Manual of the Civil Veterinary Department, Central Provinces and Berar
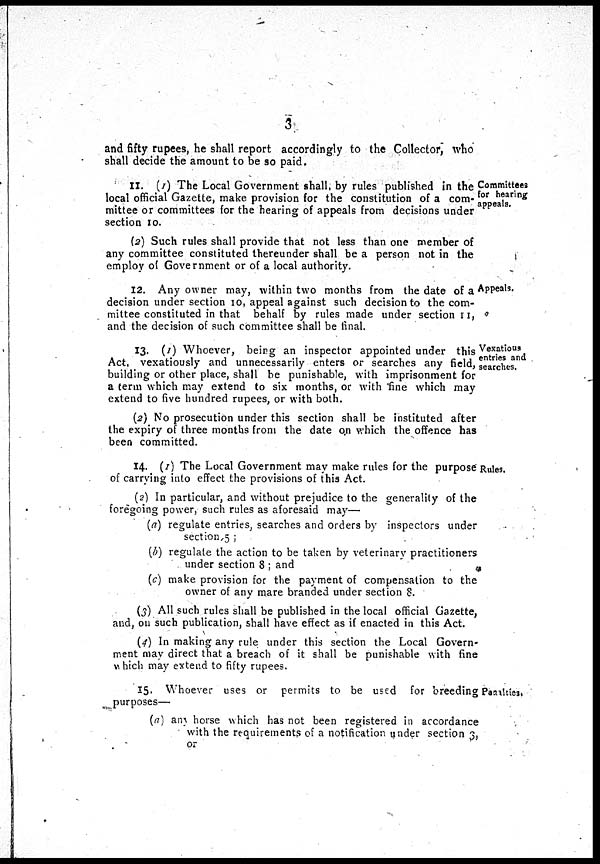
3
and fifty rupees, he shall report accordingly to the Collector, who
shall decide the amount to be so paid.
Committees
for hearing
appeals.
II. (1) The Local Government shall, by rules published in the
local official Gazette, make provision for the constitution of a com-
mittee or committees for the hearing of appeals from decisions under
section 10.
(2) Such rules shall provide that not less than one member of
any committee constituted thereunder shall be a person not in the
employ of Government or of a local authority.
Appeals.
12. Any owner may, within two months from the date of a
decision under section 10, appeal against such decision to the com-
mittee constituted in that behalf by rules made under section 11,
and the decision of such committee shall be final.
Vexatious
entries and
searches.
13. (1) Whoever, being an inspector appointed under this
Act, vexatiously and unnecessarily enters or searches any field,
building or other place, shall be punishable, with imprisonment for
a term which may extend to six months, or with fine which may
extend to five hundred rupees, or with both.
(2) No prosecution under this section shall be instituted after
the expiry of three months from the date on which the offence has
been committed.
Rules.
14. (1) The Local Government may make rules for the purpose
of carrying into effect the provisions of this Act.
(2) In particular, and without prejudice to the generality of the
foregoing power, such rules as aforesaid may—
(a) regulate entries, searches and orders by inspectors under
section, 5 ;
(b) regulate the action to be taken by veterinary practitioners
under section 8 ; and
(c) make provision for the payment of compensation to the
owner of any mare branded under section 8.
(5) All such rules shall be published in the local official Gazette,
and, on such publication, shall have effect as if enacted in this Act.
(4) In making any rule under this section the Local Govern-
ment may direct that a breach of it shall be punishable with fine
which may extend to fifty rupees.
Panalties
15. Whoever uses or permits to be used for breeding
purposes—
(a) any horse which has not been registered in accordance
with the requirements of a notification under section 3,
or